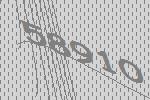
58910